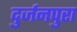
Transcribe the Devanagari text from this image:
दुर्जनपुरा